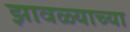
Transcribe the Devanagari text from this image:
झावळ्याच्या